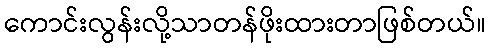
ကောင်းလွန်းလို့သာတန်ဖိုးထားတာဖြစ်တယ်။